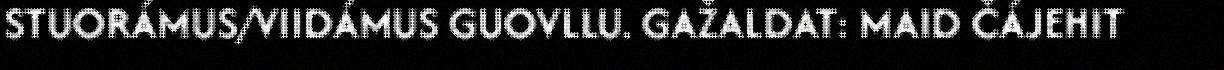
STUORÁMUS/VIIDÁMUS GUOVLLU. GAŽALDAT: MAID ČÁJEHIT